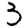
Digit: 3